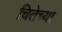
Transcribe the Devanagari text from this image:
चितेच्या